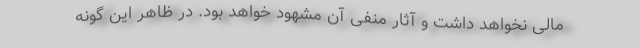
مالی نخواهد داشت و آثار منفی آن مشهود خواهد بود. در ظاهر این گونه